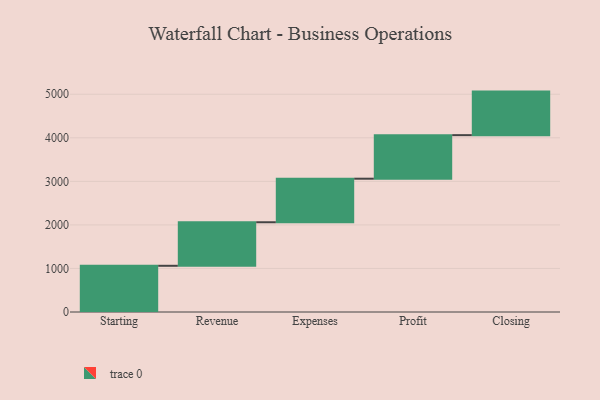
{"axis": {"x": "Step", "y": "Value"}, "legend": [""], "data": [{"x": "Starting", "y": 1061.0, "type": ""}, {"x": "Revenue", "y": 1000, "type": ""}, {"x": "Expenses", "y": 1000, "type": ""}, {"x": "Profit", "y": 1000, "type": ""}, {"x": "Closing", "y": 1000, "type": ""}]}